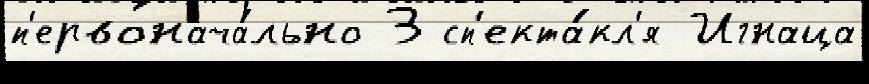
п'ервонача́льно 3 сп'екта́кл'я Игнаца